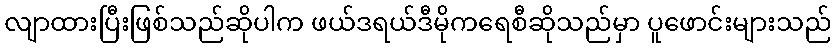
လျာထားပြီးဖြစ်သည်ဆိုပါက ဖယ်ဒရယ်ဒီမိုကရေစီဆိုသည်မှာ ပူဖောင်းများသည်